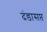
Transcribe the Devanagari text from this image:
दंडासप्त